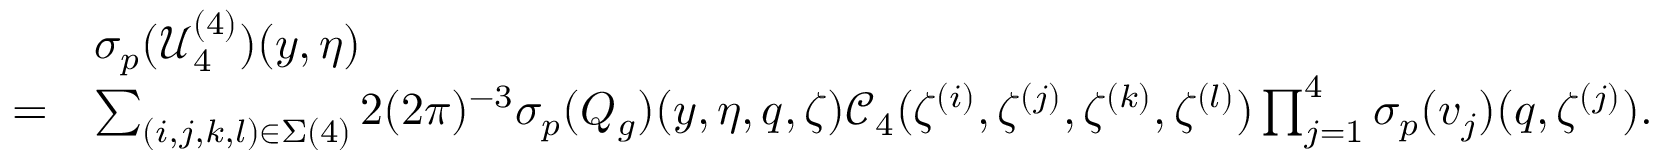
\begin{array} { r l } & { { { \sigma _ { p } } } ( \mathcal { U } _ { 4 } ^ { ( 4 ) } ) ( y , \eta ) } \\ { = } & { \sum _ { ( i , j , k , l ) \in \Sigma ( 4 ) } 2 ( 2 \pi ) ^ { - 3 } { { \sigma _ { p } } } ( Q _ { g } ) ( y , \eta , q , \zeta ) \mathcal { C } _ { 4 } ( \zeta ^ { ( i ) } , \zeta ^ { ( j ) } , \zeta ^ { ( k ) } , \zeta ^ { ( l ) } ) \prod _ { j = 1 } ^ { 4 } { { \sigma _ { p } } } ( v _ { j } ) ( q , \zeta ^ { ( j ) } ) . } \end{array}